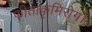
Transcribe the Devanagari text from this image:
फीताकृमिरोग।